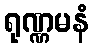
ရုဏ္ဏမနံ